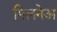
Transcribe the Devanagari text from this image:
मिलनेअ